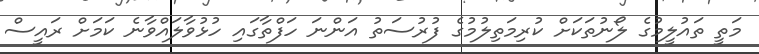
މަތީ ތައުލީމުގެ ލޯނުތަކަށް ކުރިމަތިލުމުގެ ފުރުސަތު އަންނަ ހަފްތާގައި ހުޅުވާލައްވާނެ ކަމަށް ރައީސް